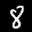
Label: 8